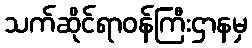
သက်ဆိုင်ရာဝန်ကြီးဌာနမှ